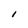
Character: 1